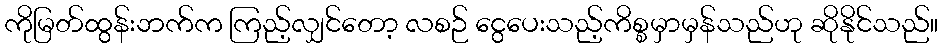
ကိုမြတ်ထွန်းဘက်က ကြည့်လျှင်တော့ လစဉ် ငွေပေးသည့်ကိစ္စမှာမှန်သည်ဟု ဆိုနိုင်သည်။